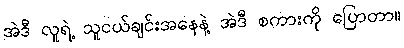
အဲဒီ လူရဲ့ သူငယ်ချင်းအနေနဲ့ အဲဒီ စကားကို ပြောတာ။